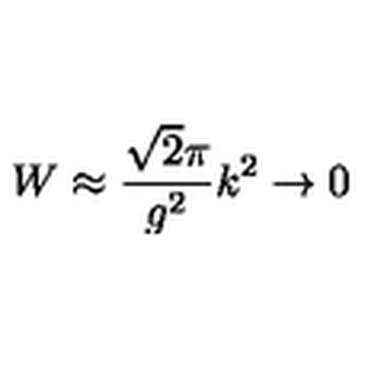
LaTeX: W \approx \frac { \sqrt { 2 } \pi } { g ^ { 2 } } k ^ { 2 } \rightarrow 0